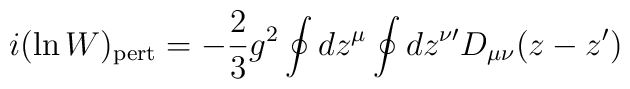
i (\ln W)_{\rm pert} = -{2 \over 3} g^2 \oint dz^\mu \oint dz^{\nu \prime}D_{\mu \nu}(z-z^\prime)